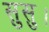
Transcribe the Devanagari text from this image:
सुसु।